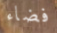
فضاء